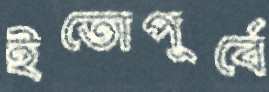
ইতোপূর্বে